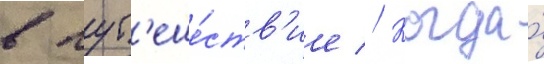
в пут'еше́ств'ие // Когда́